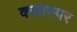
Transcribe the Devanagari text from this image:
क्लास्पर